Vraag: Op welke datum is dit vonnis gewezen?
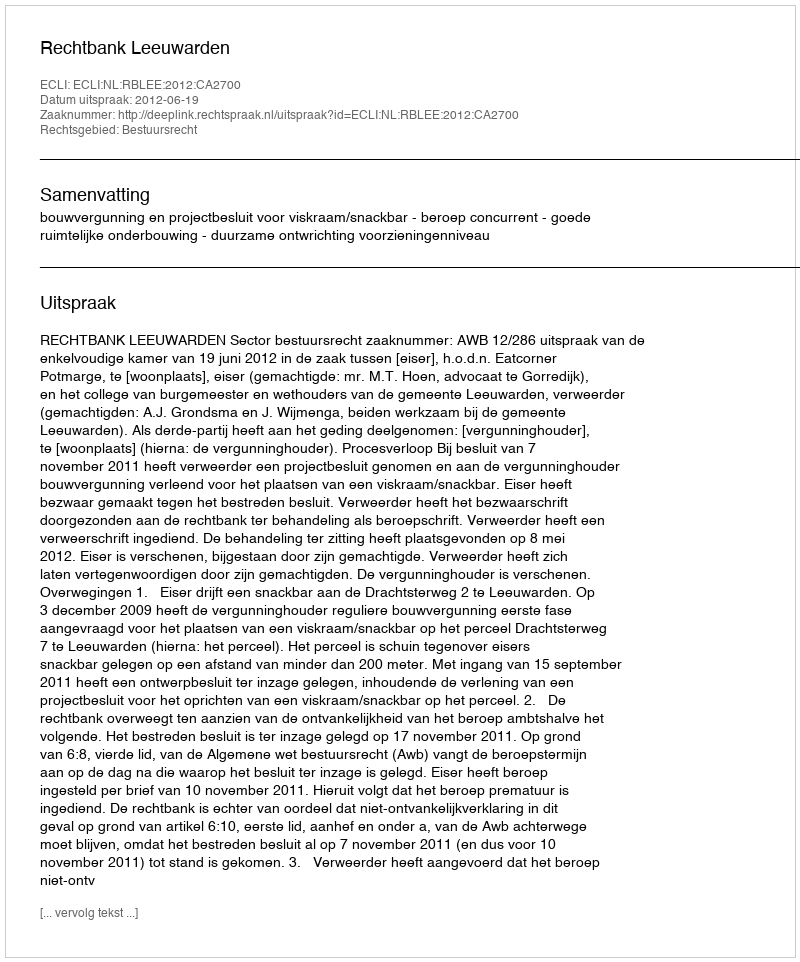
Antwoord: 2012-06-19